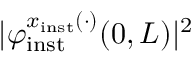
\vert \varphi _ { \mathrm { i n s t } } ^ { x _ { \mathrm { i n s t } } ( \cdot ) } ( 0 , L ) \vert ^ { 2 }